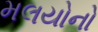
મલયોનો